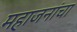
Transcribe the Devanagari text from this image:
महाजनांचा